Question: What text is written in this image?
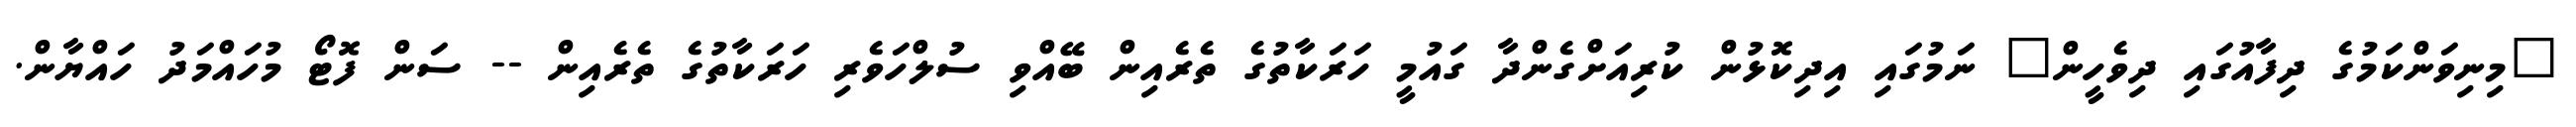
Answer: "މިނިވަންކަމުގެ ދިފާއުގައި ދިވެހީން" ނަމުގައި އިދިކޮޅުން ކުރިއަށްގެންދާ ގައުމީ ހަރަކާތުގެ ތެރެއިން ބޭއްވި ސުލްހަވެރި ހަރަކާތުގެ ތެރެއިން -- ސަން ފޮޓޯ މުހައްމަދު ހައްޔާން.